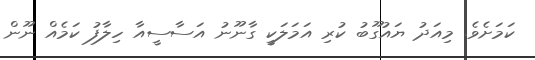
ކަމަށެވެ. މިއަދު ޔައުގޫބު ކުރި އަމަލަކީ ގާނޫނު އަސާސީއާ ހިލާފު ކަމެއް ނޫން